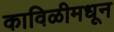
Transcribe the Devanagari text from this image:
काविळीमधून